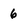
Character: 6